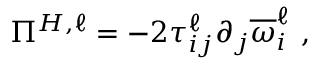
\Pi ^ { H , \ell } = - 2 \tau _ { i j } ^ { \ell } \partial _ { j } \overline { { \omega } } _ { i } ^ { \ell } \ ,